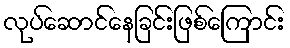
လုပ်ဆောင်နေခြင်းဖြစ်ကြောင်း